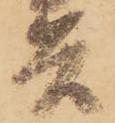
兵